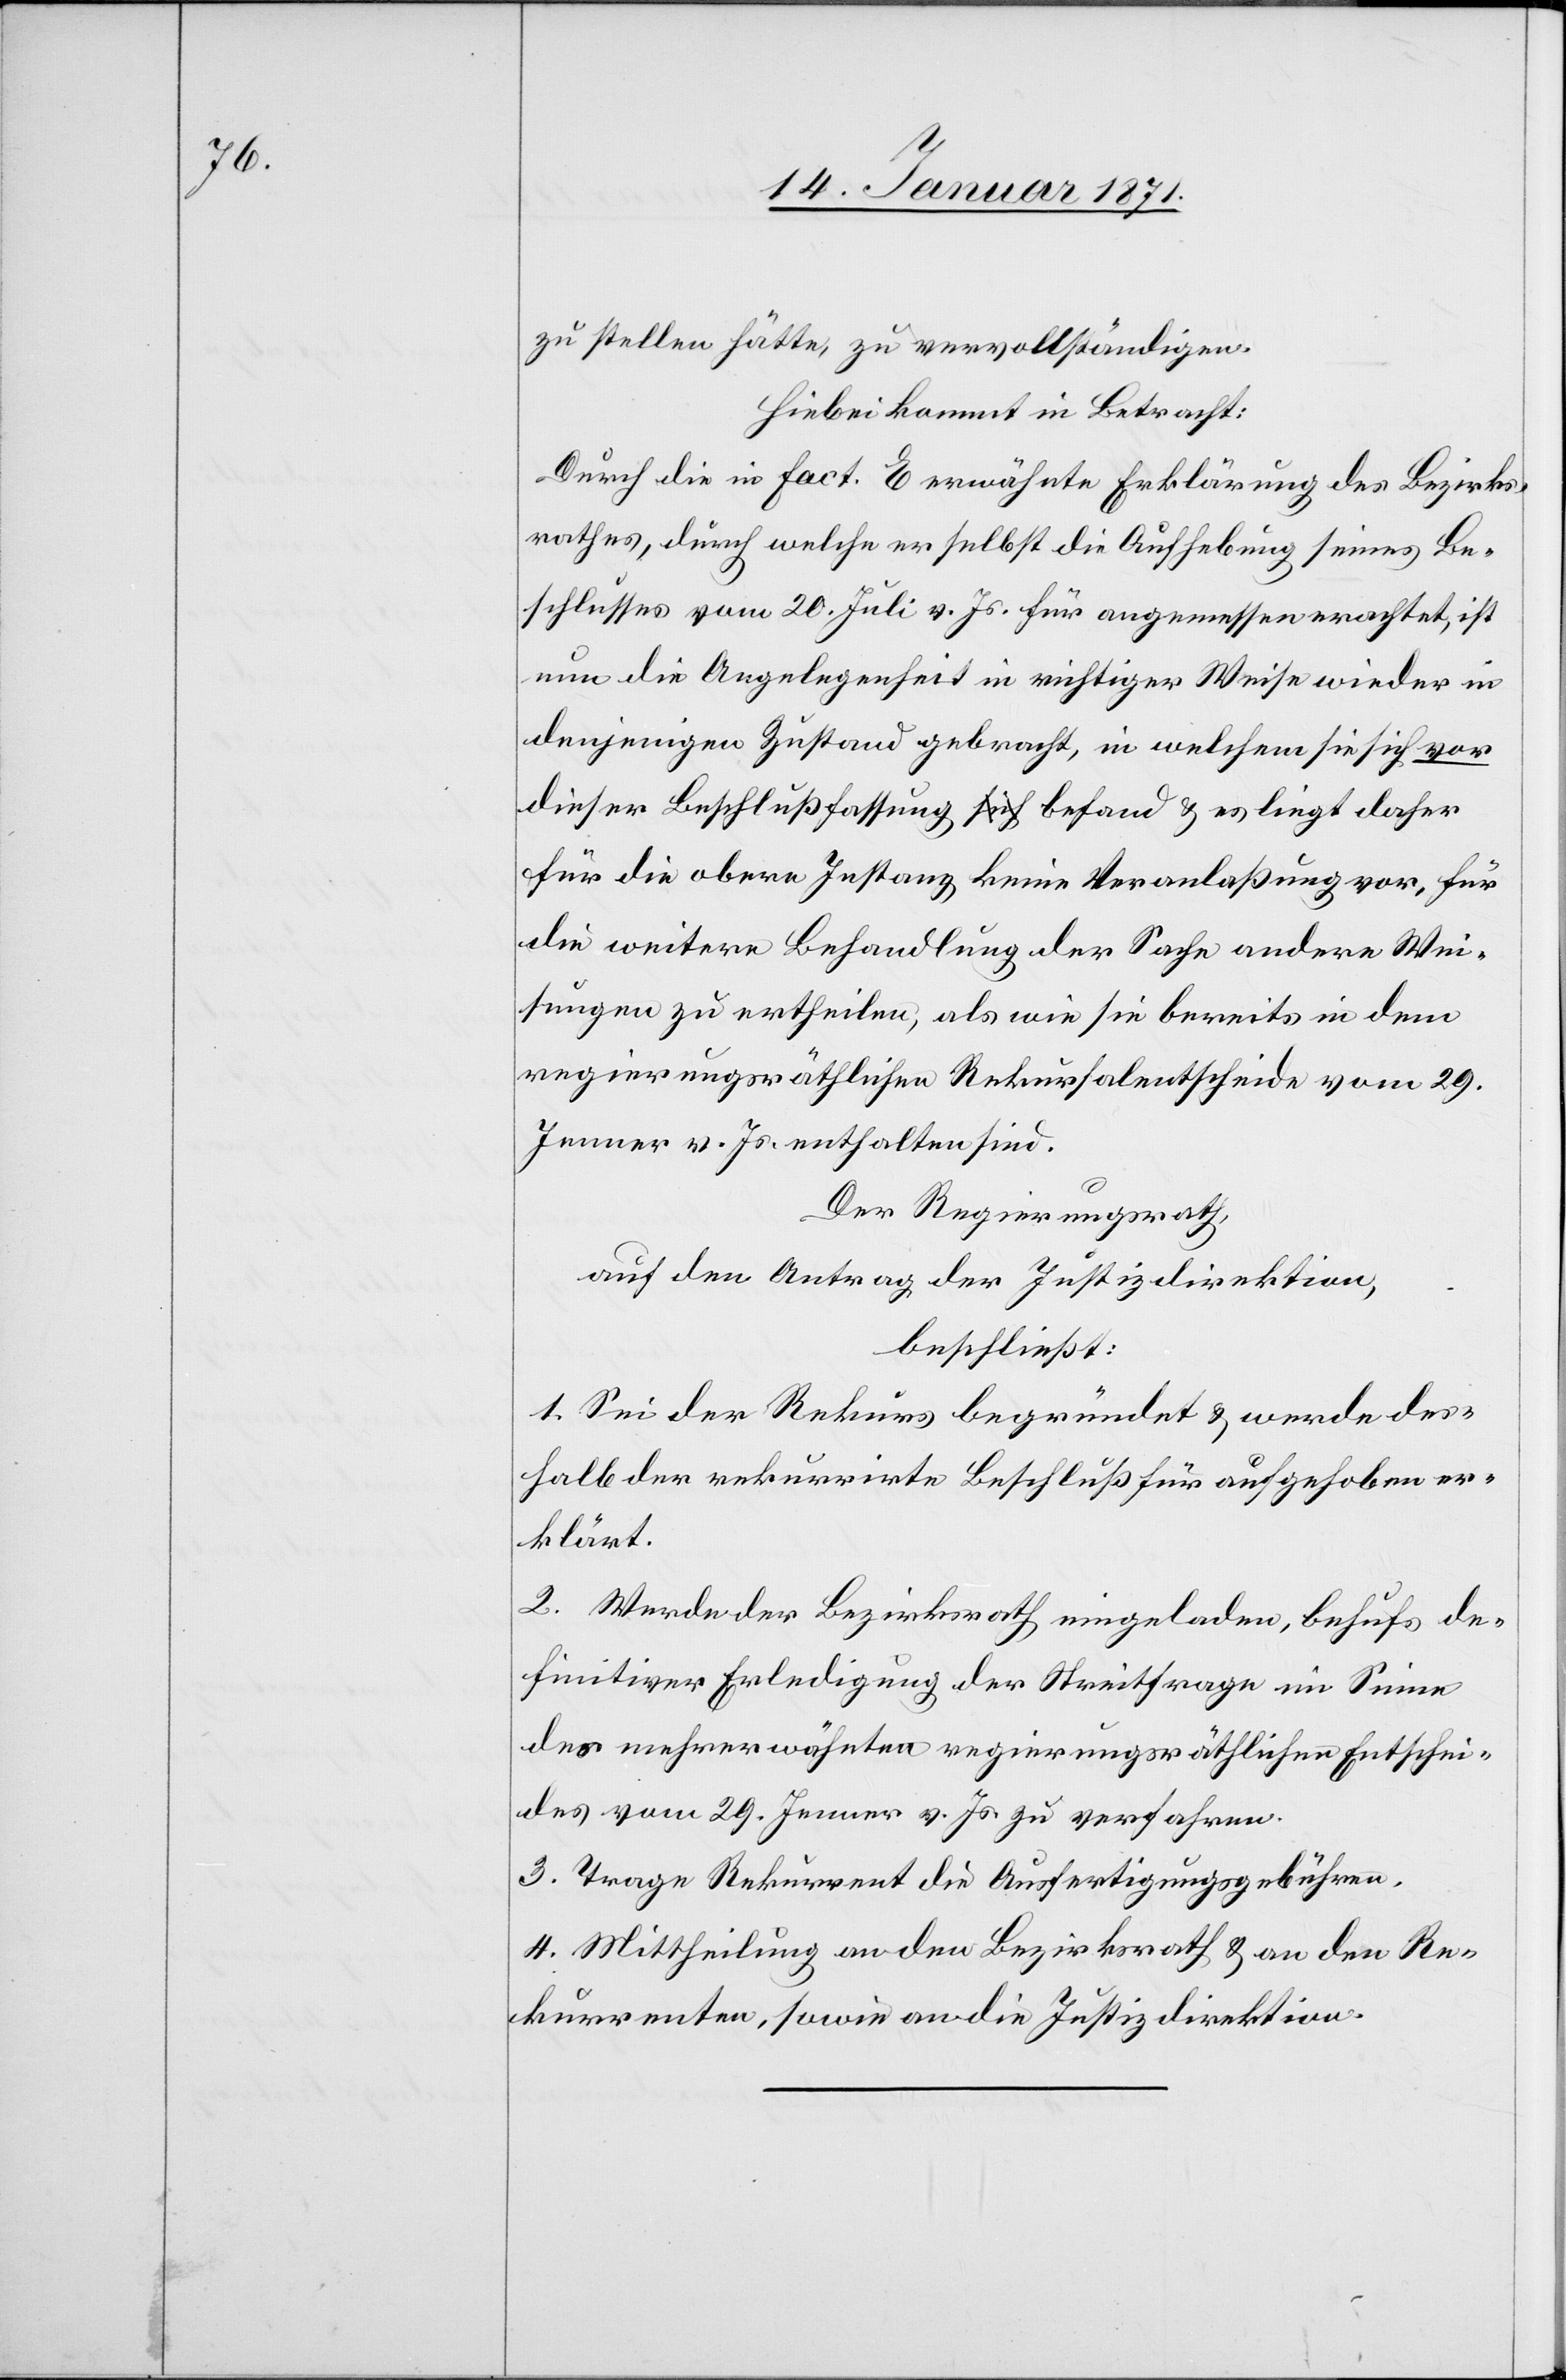
zu stellen hätte, zu vervollständigen.
Hiebei kommt in Betracht:
Durch die in fact. E erwähnte Erklärung des Bezirks¬
rathes, durch welche er selbst die Aufhebung seines Be¬
schlusses vom 20. Juli v. Js. für angemessen erachtet, ist
um die Angelegenheit in richtiger Weise wieder in
denjenigen Zustand gebracht, in welchem sie sich vor
dieser Beschlussfassung befand u. es liegt daher
für die obere Instanz keine Veranlaßung vor, für
die weitere Behandlung der Sache andere Wei¬
sungen zu ertheilen, als wie sie bereits in dem
regierungsräthlichen Rekursalentscheid vom 29.
Jenner v. Js. enthalten sind.
Der Regierungsrath
auf den Antrag der Justizdirektion,
beschließt:
1. Sei der Rekurs begründet u. werde des¬
halb der rekurrirte Beschluß für aufgehoben er¬
klärt.
2. Werde der Bezirksrath eingeladen, behufs de¬
finitiver Erledigung der Streitfrage im Sinne
des mehrerwähnten regierungsräthlichen Entschei¬
des vom 29. Jenner v. Js. verfahren.
3. Mittheilung an den Bezirksrath u. an den Re¬
kurrenten, sowie an die Justizdirektion.